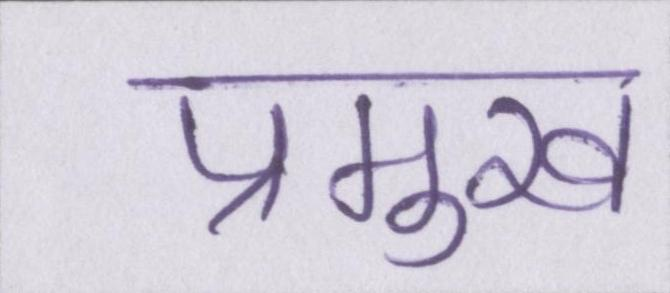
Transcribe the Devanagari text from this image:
प्रमुख